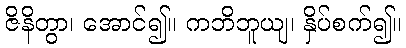
ဇိနိတွာ၊ အောင်၍။ ကဘိဘူယျ၊ နှိပ်စက်၍။